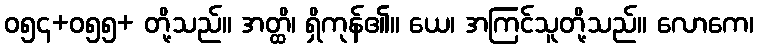
ဝ၅၄+၀၅၅+ တို့သည်။ အတ္ထိ၊ ရှိကုန်၏။ ယေ၊ အကြင်သူတို့သည်။ လောကေ၊